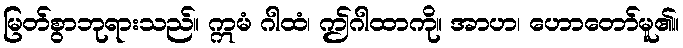
မြတ်စွာဘုရားသည်။ ဣမံ ဂါထံ၊ ဤဂါထာကို။ အာဟ၊ ဟောတော်မူ၏။